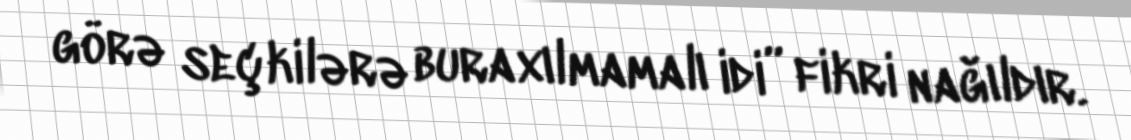
görə seçkilərə buraxılmamalı idi” fikri nağıldır.